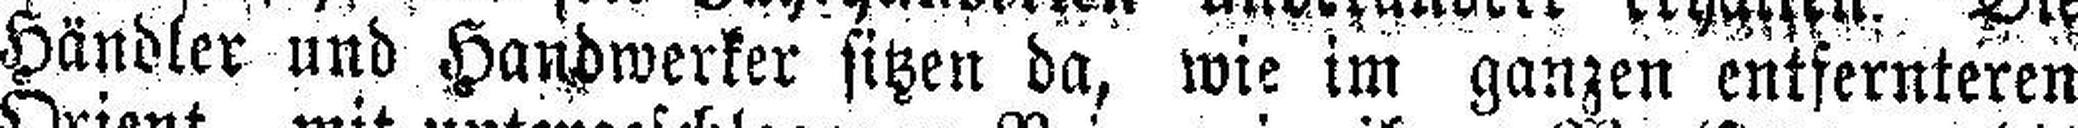
Händler und Handwerker sitzen da, wie im ganzen entfernteren